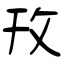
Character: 攼